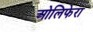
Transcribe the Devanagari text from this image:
ओलिफेरा